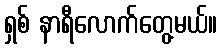
ရှစ် နာရီလောက်တွေ့မယ်။